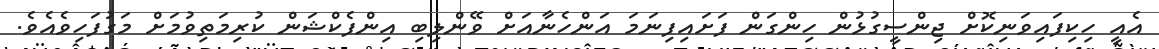
އެއީ ހިކިފައިވަނިކޮށް ޖިންސީގުޅުން ހިންގަން ފަށައިފިނަމަ އަންހެނާއަށް ވޭންލިބި އިންފެކްޝަން ކުރިމަތިވުމަށް މަގުފަހިވެއެވެ.